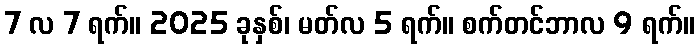
7 လ 7 ရက်။ 2025 ခုနှစ်၊ မတ်လ 5 ရက်။ စက်တင်ဘာလ 9 ရက်။